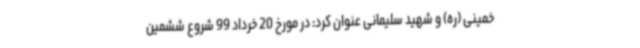
خمینی (ره) و شهید سلیمانی عنوان کرد: در مورخ 20 خرداد 99 شروع ششمین